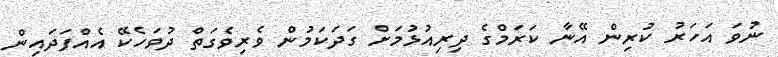
ނުވަ އަހަރު ކުރިން އޭނާ ކަރަމްގެ ދިރިއުޅުމަށް ގަދަކަމުން ވެރިވެގަތް ދުވަހެކޭ އެއްފަދައިން